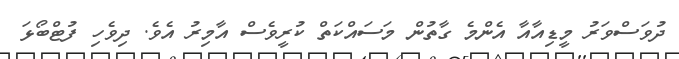
ދުވަސްވަރު މީޑިއާއާ އެންމެ ގާތުން މަސައްކަތް ކުރީވެސް އާމިރު އެވެ. ދިވެހި ފުޓްބޯޅަ